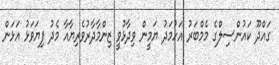
ގައްދޫ ކައުންސިލްގެ މެމްބަރު އަހުމަދު ޔަމީން ވިދާޅުވީ ޒިންމާދާރުވެރިޔާއާ މެދު ފިޔަވަޅު އަޅަން